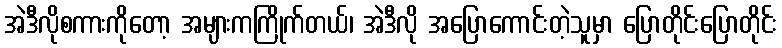
အဲဒီလိုစကားကိုတော့ အများကကြိုက်တယ်၊ အဲဒီလို အပြောကောင်းတဲ့သူမှာ ပြောတိုင်းပြောတိုင်း